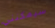
سيمكنني